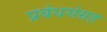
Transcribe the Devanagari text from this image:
प्रबंधसंग्रह